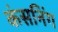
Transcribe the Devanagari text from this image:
कंसनिंग